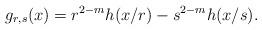
LaTeX: \begin{gather*}g_{r,s}(x)=r^{2-m}h(x/r)-s^{2-m}h(x/s).\end{gather*}